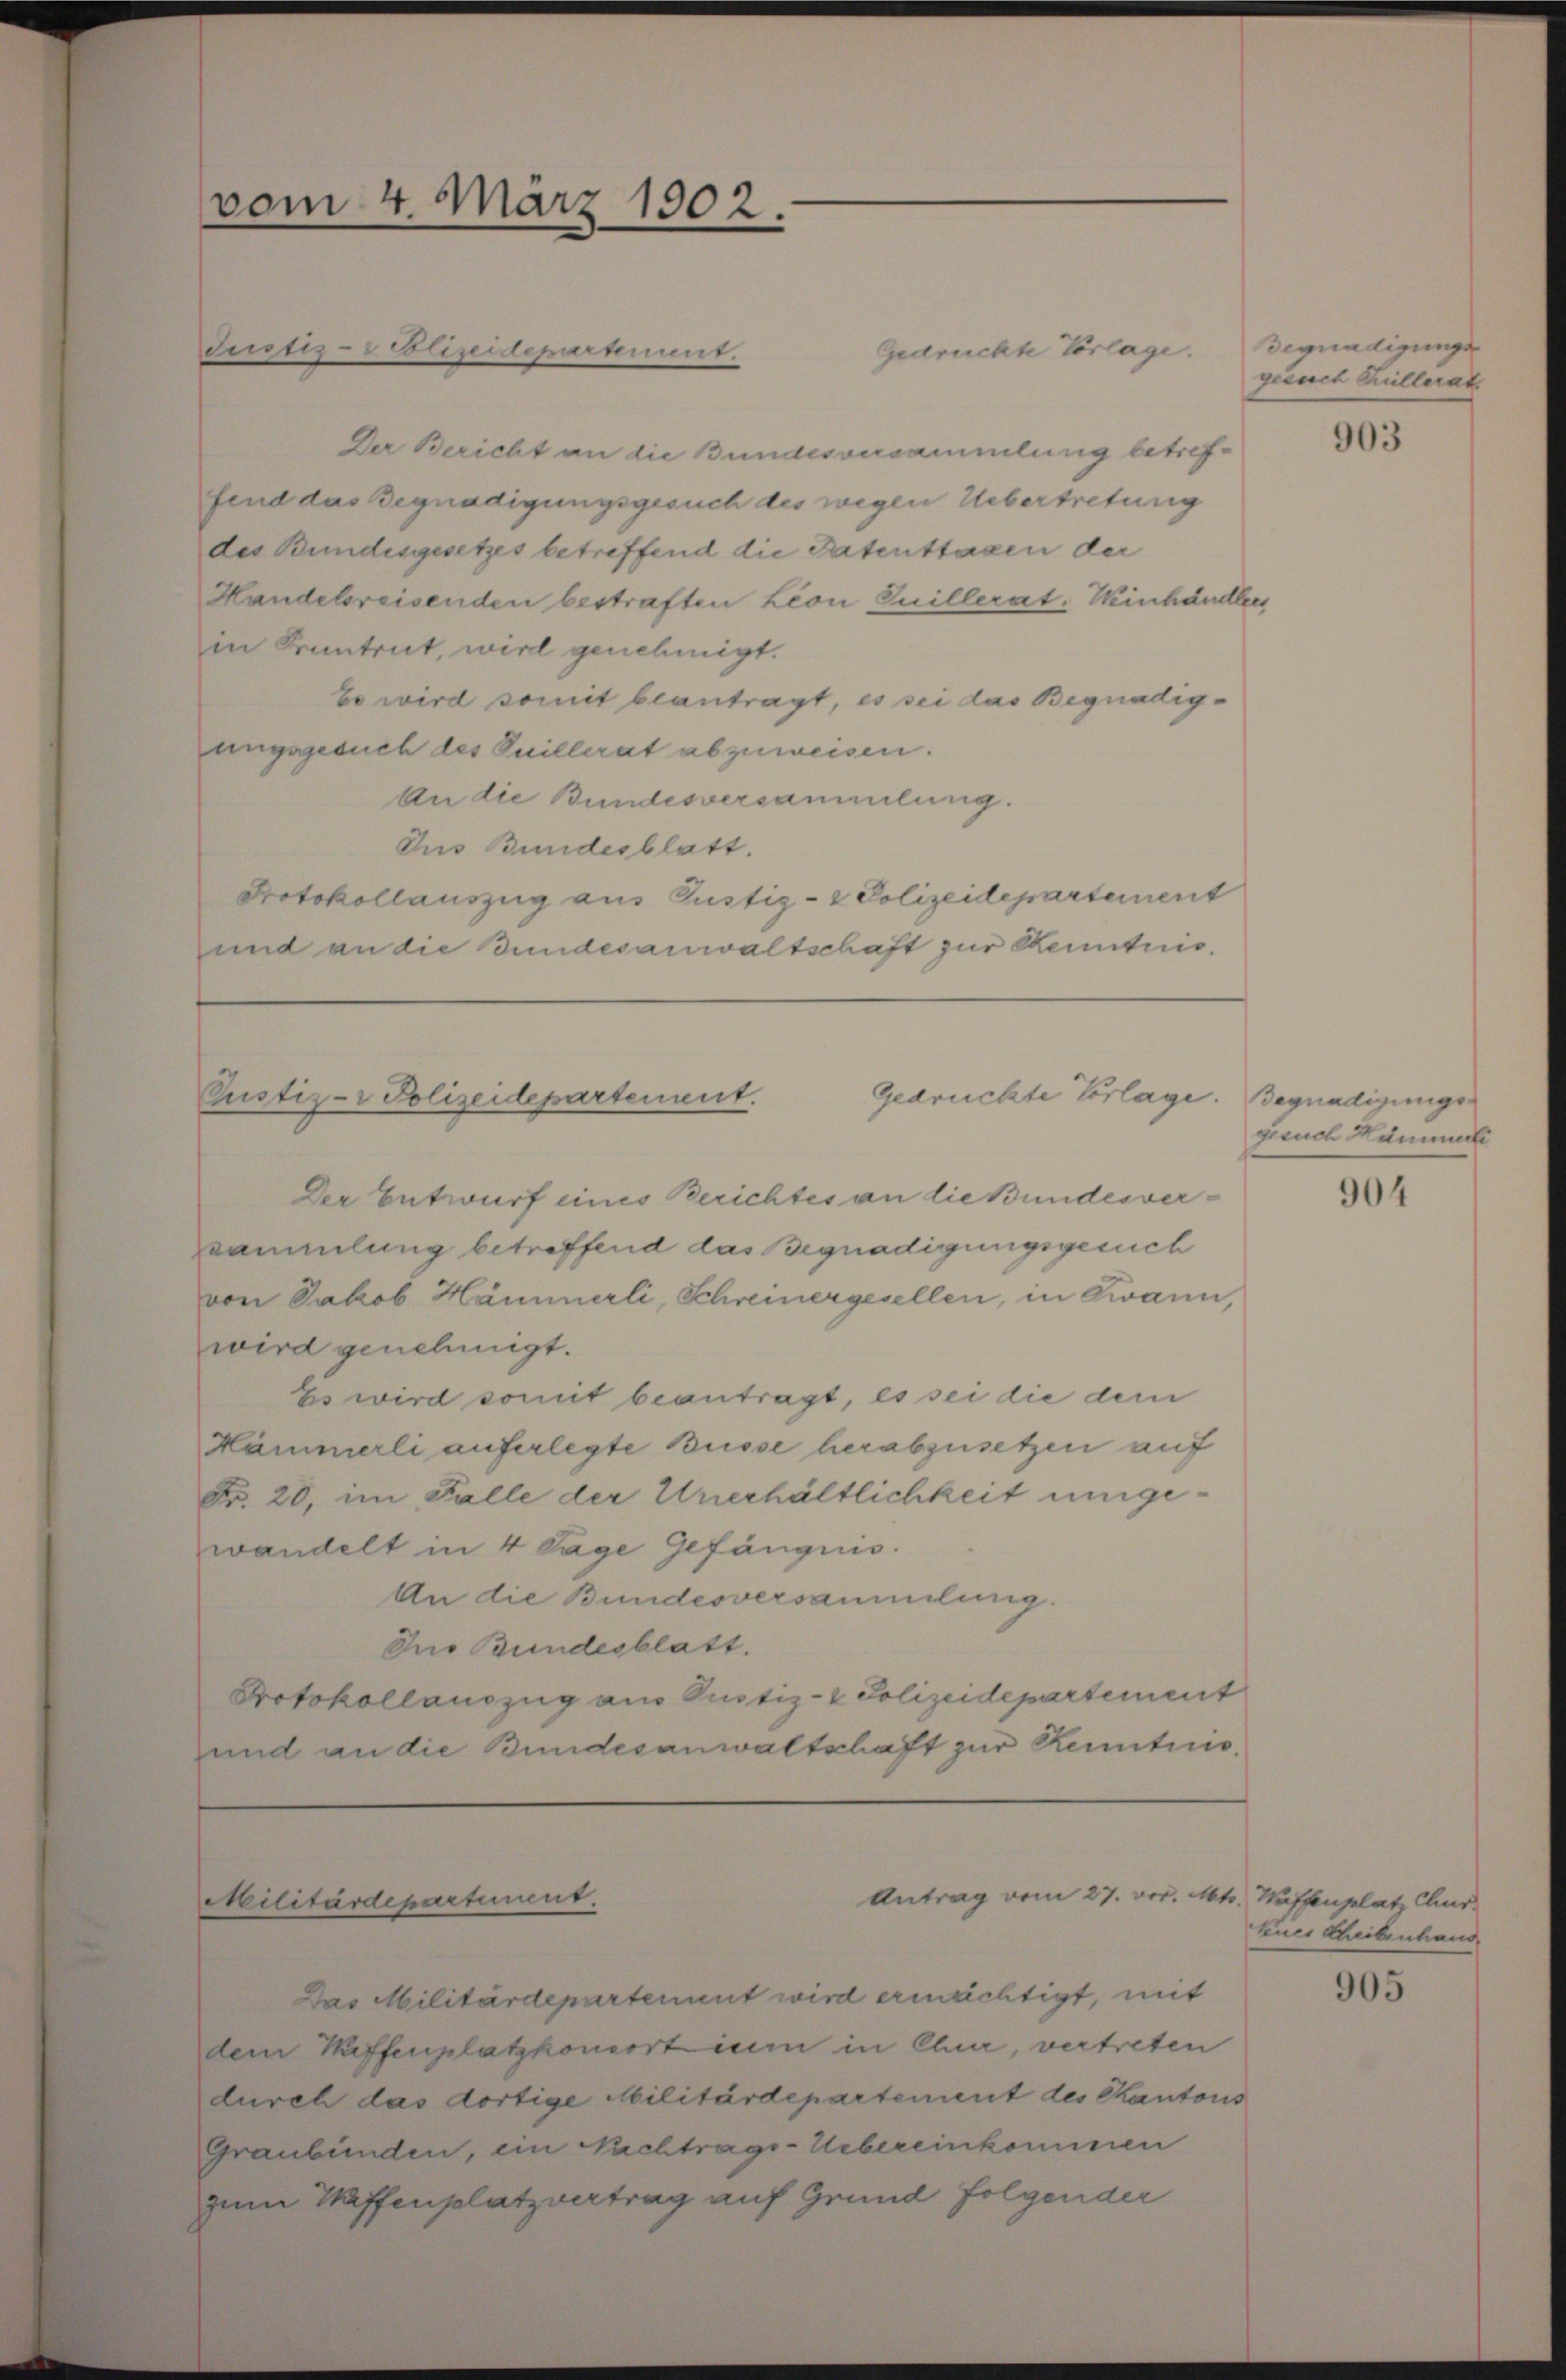
Justiz-Plizeidepartement.
Gedruckte Vorlage.
Der Bericht an die Bundesversammlung betreffend das Begnadigungsgesuch des wegen Uebertretung
des Bundesgesetzes betreffend die Patenstaxen der
Handelsreisenden bestraften Leon Quillerat. Winhändlers
in Pruntrut, wird genehmigt.
bo wird somit beantragt, es sei das Begnadigungsgesuch des Suillerat abzuweisen.
An die Bundesversammlung.
Dus Bundesblatt.
Protokollauszug aus Gustiz- & Polizeidepartement
und an die Bundesanwaltschaft zur Kenntnis.

vom 4. März 1902.

Der Entwurf eines Berichtes an die Bundesverzsammlung betreffend das Begnadigungsgesuch
von Jakob Hämmerli, Schreinergesellen, in Zwann,
wird genehmigt.
Es wird somit beantragt, es sei die der
Hämmerli auferlegte Büsse herabzusetzen auf
Fr. 20, im Falle der Unerhältlichkeit umgewandelt in 4 Tage Gefängnis.
An die Bundesversammlung.
Dno Bundesblatt.
Protokollauszug aus Justiz- & Polizeidepartement
und an die Bundesanwaltschaft zur Kenntnis,

Gedrückte Vorlage.
Pustiz- & Polizeidepartement.

Militärdepartement.

Antrag vom 27. vor. Mts. Waffenplatz Chur

Das Militärdepartement wird ermächtigt, mit
dem Kaffenplatzhomort irn in Chur, vertreten
durch das dortige Militärdepartement des Kantons
Graubünden, ein Nachtrage-Uebereinkommen
zum Waffenplatz vertrag auf Grund folgender

Degnadigungs
gesuch Pillerat

903

Begnadigungsgesuch Hammel

904

kues Scheibenhaus

905